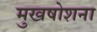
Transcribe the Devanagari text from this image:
मुखषोशना